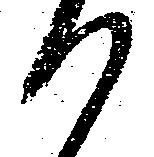
り